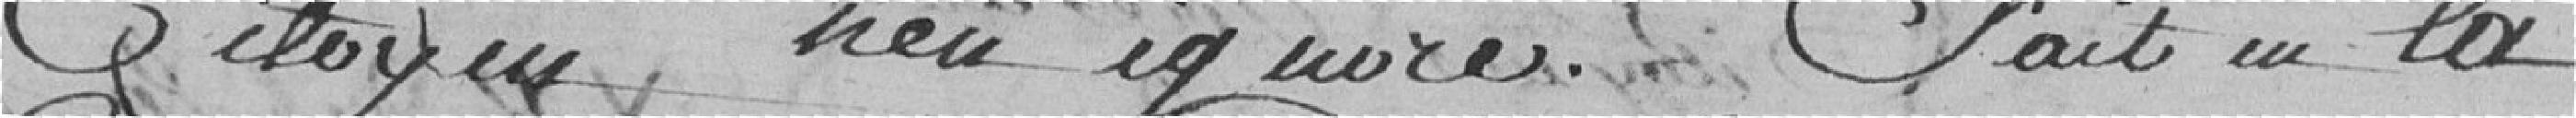
citoyen n'en ignore. Fait en la